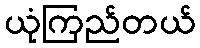
ယုံကြည်တယ်